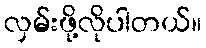
လှမ်းဖို့လိုပါတယ်။